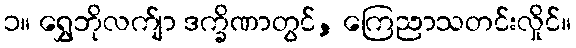
၁။ ရွှေဘိုလက်ျာ ဒက္ခိဏာတွင်, ကြေညာသတင်းလှိုင်။